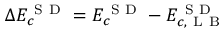
\Delta E _ { c } ^ { \mathrm { ~ S ~ D ~ } } = E _ { c } ^ { \mathrm { ~ S ~ D ~ } } - E _ { c , \mathrm { ~ L ~ B ~ } } ^ { \mathrm { ~ S ~ D ~ } }